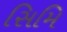
સિમિ